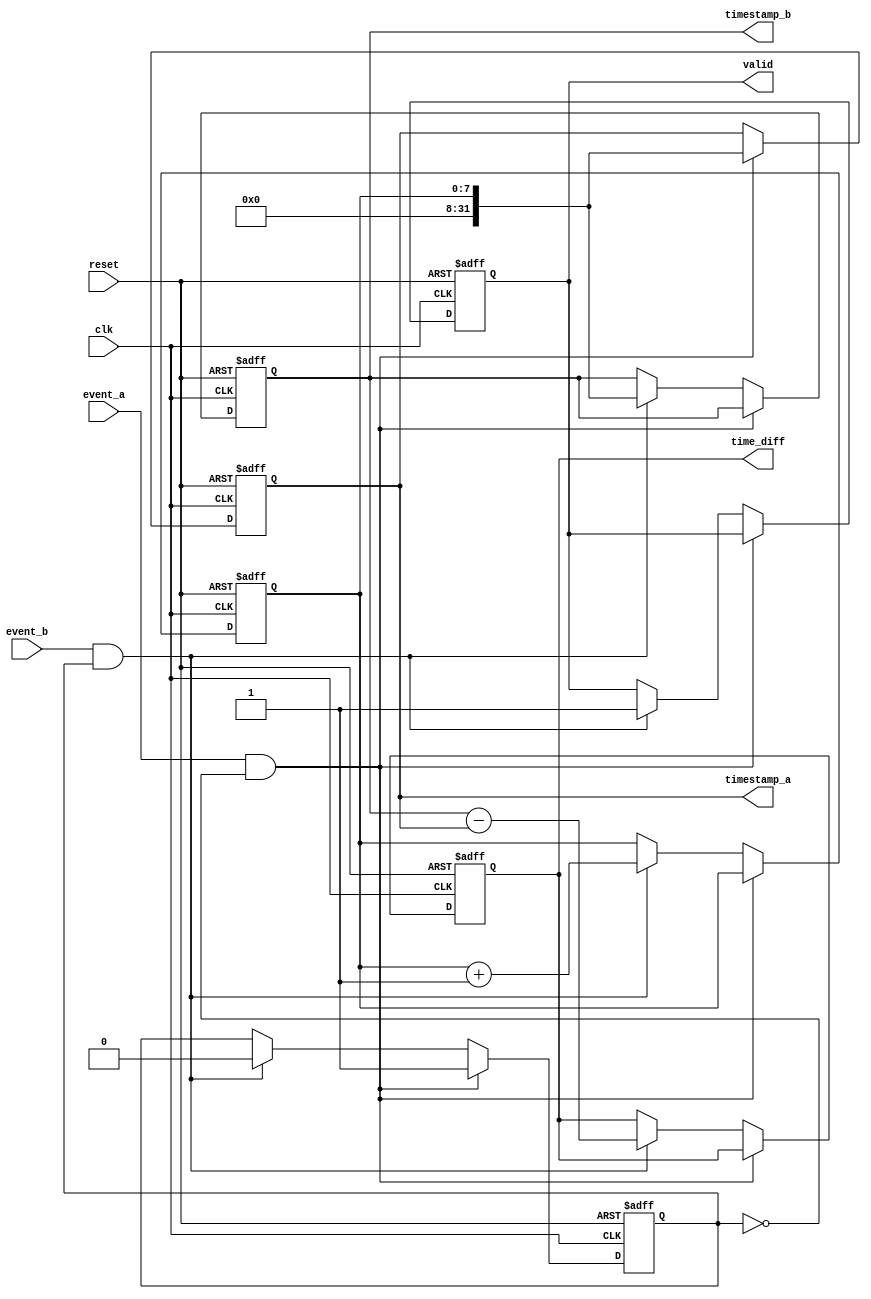
module TDC (
    input wire clk,              // Global clock signal
    input wire reset,            // Reset signal
    input wire event_a,          // Start event signal
    input wire event_b,          // Stop event signal
    output reg [31:0] time_diff, // Time difference output
    output reg valid,            // Valid data output signal
    output reg [31:0] timestamp_a, // Start timestamp
    output reg [31:0] timestamp_b  // Stop timestamp
);

    // Memory to store timestamps
    reg [31:0] memory [0:255]; // Simple dual-port memory for timestamps
    reg [7:0] write_index;      // Index for writing to memory
    reg capturing;              // State to indicate capturing mode

    // State machine for capturing timestamps
    always @(posedge clk or posedge reset) begin
        if (reset) begin
            // Reset all registers and memory
            write_index <= 0;
            capturing <= 0;
            time_diff <= 0;
            valid <= 0;
            timestamp_a <= 0;
            timestamp_b <= 0;
        end else begin
            if (event_a && !capturing) begin
                // Capture start timestamp on Event A
                timestamp_a <= write_index; // Use write_index as timestamp
                memory[write_index] <= timestamp_a; // Store in memory
                capturing <= 1; // Enter capturing mode
            end else if (event_b && capturing) begin
                // Capture stop timestamp on Event B
                timestamp_b <= write_index; // Use write_index as timestamp
                memory[write_index] <= timestamp_b; // Store in memory
                time_diff <= timestamp_b - timestamp_a; // Calculate time difference
                valid <= 1; // Indicate valid data
                capturing <= 0; // Exit capturing mode
                write_index <= write_index + 1; // Increment memory index for next capture
            end
        end
    end

endmodule